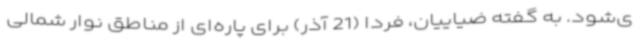
ی‌شود. به گفته ضیاییان، فردا (21 آذر) برای پاره‌ای از مناطق نوار شمالی